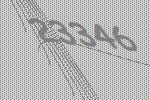
23346